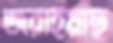
জরাইয়াছ